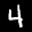
Label: 4